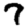
Digit: 7